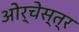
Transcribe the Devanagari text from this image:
ओर्चेस्त्र